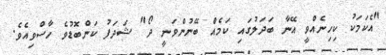
"އެކަމަކު ކިހިނެއްވީ އޭނާ ބަދަލުގައި ކަމެއް ބޭނުންވަނީ ދޯ" ޝަދަފު ކަންބޮޑުވެ ހާސްވިއެވެ.